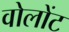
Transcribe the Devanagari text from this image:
वोलोंट